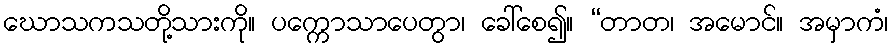
ဃောသကသတို့သားကို။ ပက္ကောသာပေတွာ၊ ခေါ်စေ၍။ “တာတ၊ အမောင်။ အမှာကံ၊